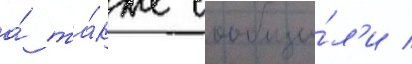
а́ та́кже сообщи́л'и /